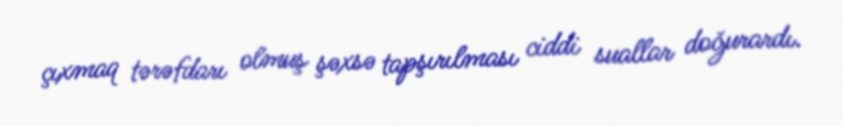
çıxmaq tərəfdarı olmuş şəxsə tapşırılması ciddi suallar doğurardı.